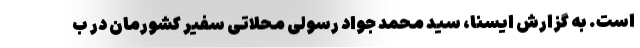
است. به گزارش ایسنا، سید محمد جواد رسولی محلاتی سفیر کشورمان در ب